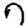
Digit: 7